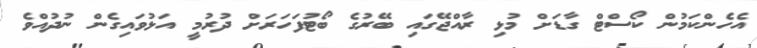
އެހެންކަމުން ކޯސްޓް ގާޑަށް މުޅި ރާއްޖޭގައި ބޭރުގެ ބޯޓުފަހަރަށް ދުރުމީ އަޅުވައިގެން ނުދުއްވެ